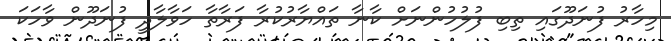
މިހާރު ފުނަދޫގައި ތިބި ފުލުހުންނަށް ކާނާ ތައްޔާރުކުރާ ފަރާތާ ހަވާލާދީ ފުނަދޫން ވާހަކަ